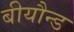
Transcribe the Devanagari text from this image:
बीयौन्ड